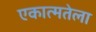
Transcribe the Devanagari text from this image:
एकात्मतेला